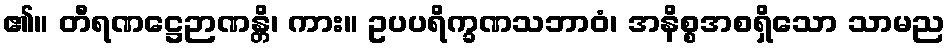
၏။ တီရဏဋ္ဌေဉာဏန္တိ၊ ကား။ ဥပပရိက္ခဏသဘာဝံ၊ အနိစ္စအစရှိသော သာမည